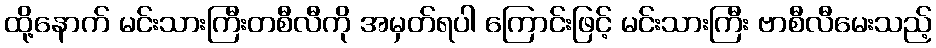
ထို့နောက် မင်းသားကြီးတစီလီကို အမှတ်ရပါ ကြောင်းဖြင့် မင်းသားကြီး ဗာစီလီမေးသည့်